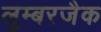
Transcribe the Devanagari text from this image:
लुम्बरजैक